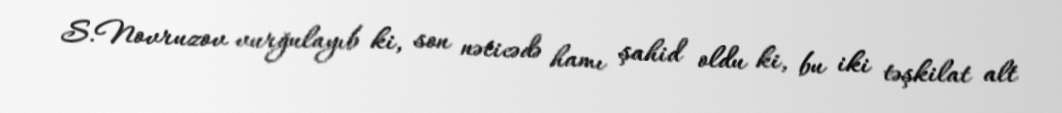
S.Novruzov vurğulayıb ki, son nəticədə hamı şahid oldu ki, bu iki təşkilat alt